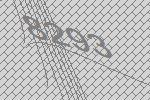
8293